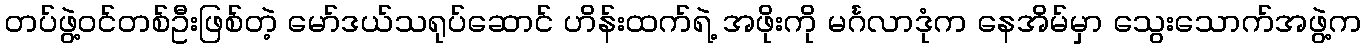
တပ်ဖွဲ့ဝင်တစ်ဦးဖြစ်တဲ့ မော်ဒယ်သရုပ်ဆောင် ဟိန်းထက်ရဲ့ အဖိုးကို မင်္ဂလာဒုံက နေအိမ်မှာ သွေးသောက်အဖွဲ့က